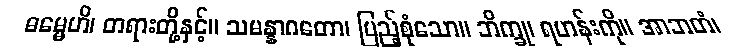
ဓမ္မေဟိ၊ တရားတို့နှင့်။ သမန္နာဂတော၊ ပြည့်စုံသော။ ဘိက္ခု၊ ရဟန်းကို။ အာဘတံ၊